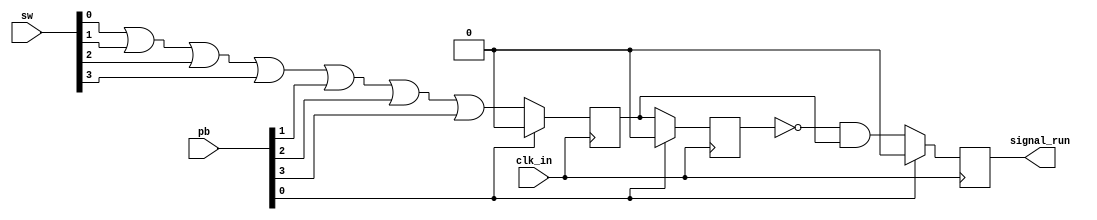
module edge_to_pulse (
    input clk_in,
    input [3:0] sw, pb,
	output reg signal_run
    );   

	reg signal_d, Out, fall;
	
// Initialization
initial
    begin
        signal_d = 1'b0;
		Out = 1'b0;
		signal_run = 1'b0;
        fall = 1'b0;
    end

	
always @(posedge clk_in)
	if(pb[0])
		begin
			Out <= 1'b0;
			signal_d <= 1'b0;
			signal_run <= 1'b0;
			fall <= 1'b0;
		end
	else
		begin
		  
			signal_d <= sw[0] | sw[1] | sw[2] | sw[3] | pb[1] | pb[2] | pb[3];
			Out <= signal_d;
			fall = Out & (!signal_d);
		    signal_run = (!Out) & signal_d;
		end	

endmodule